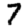
Digit: 7